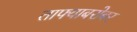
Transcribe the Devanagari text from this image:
ताफ्याबरोबर